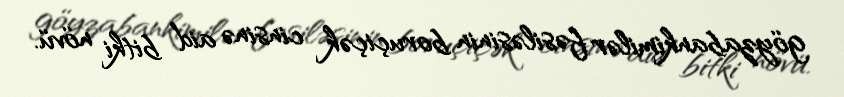
göyzabankimilər fəsiləsinin boruçiçək cinsinə aid bitki növü.